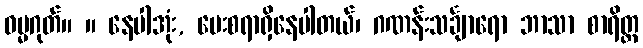
ဓမ္မဂုတ်။ ။ နေပါအုံး, မေးစရာရှိနေပါတယ်၊ ဂဏန်းသင်္ချာရော ဘာသာ စာရိတ္တ